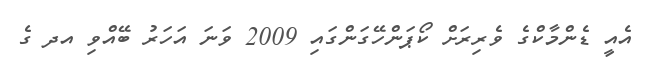
އެއީ ޑެންމާކްގެ ވެރިރަށް ކޯޕަންހޭގަންގައި 2009 ވަނަ އަހަރު ބޭއްވި އދ ގެ